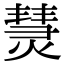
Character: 熭